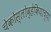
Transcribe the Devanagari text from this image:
चेकोस्लोव्हेकियाच्या